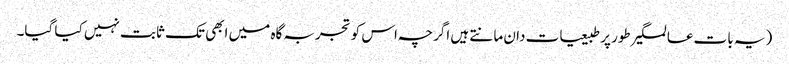
(یہ بات عالمگیر طور پر طبیعیات دان مانتے ہیں اگرچہ اس کو تجربہ گاہ میں ابھی تک ثابت نہیں کیا گیا۔